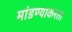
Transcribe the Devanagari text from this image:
मांडण्याकरता